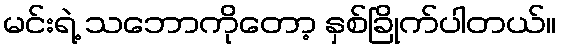
မင်းရဲ့ သဘောကိုတော့ နှစ်ခြိုက်ပါတယ်။